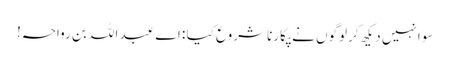
سو انہیں دیکھ کر لوگوں نے پکارنا شروع کیا : اے عبد اللہ بن رواحہ!